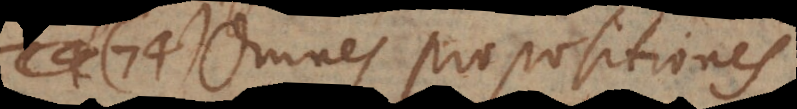
74) Omnes propositiones